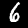
Digit: 6